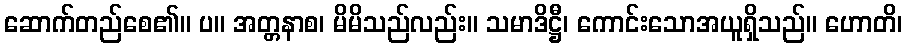
ဆောက်တည်စေ၏။ ပ။ အတ္တနာစ၊ မိမိသည်လည်း။ သမာဒိဋ္ဌီ၊ ကောင်းသောအယူရှိသည်။ ဟောတိ၊